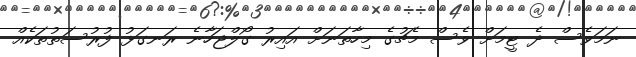
ނަމަވެސް ދެ ޓީމަށް ވެސް މެޗުގެ މިހާތަނަށް އައިރު ގޯލްޖަހާނެ ރަނގަޅު ފުރުސަތުތަކެއް